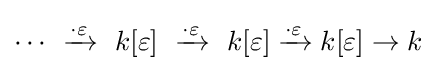
\cdots ~\xrightarrow {{\overset {}{\cdot }}\varepsilon } ~k[\varepsilon ]~\xrightarrow {\cdot \varepsilon } ~k[\varepsilon ]\xrightarrow {\cdot \varepsilon } k[\varepsilon ]\to k